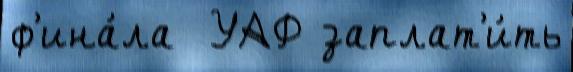
ф'ина́ла  УАФ заплат'и́ть